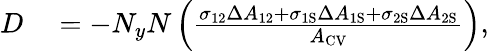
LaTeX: \begin{array}{rl}{D}&{{}=-N_{y}N\left(\frac{\sigma_{12}\Delta A_{12}+\sigma_{\mathrm{{1S}}}\Delta A_{\mathrm{{1S}}}+\sigma_{\mathrm{{2S}}}\Delta A_{\mathrm{{2S}}}}{A_{\mathrm{{CV}}}}\right),}\end{array}